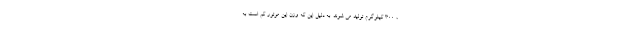
، 300 کیلوگرم تولید می شوند. به دلیل این که وزن این موتور کم است به